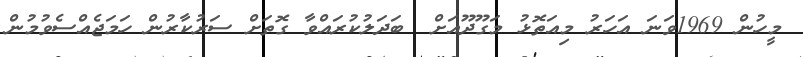
މީހުން 1969ވަނަ އަހަރު މިއަތޮޅު މަގޫދޫއަށް  ބަދަލުކުރައްވާ ގޮތަށް ސަރުކާރުން ހަމަޖެއްސެވުމުން